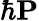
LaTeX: \hbar{\mathbf P}